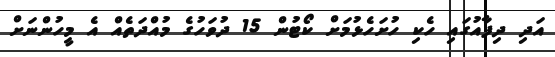
އަދި ދިފާއުގައި ހެކި ހުށަހެޅުމަށް ކޯޓުން 15 ދުވަހުގެ މުއްދަތެއް އެ މީހުންނަށް